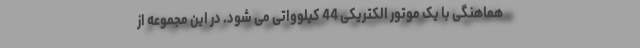
هماهنگی با یک موتور الکتریکی 44 کیلوواتی می شود. در این مجموعه از